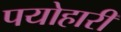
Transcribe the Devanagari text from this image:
पयोहारी